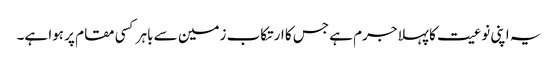
یہ اپنی نوعیت کا پہلا جرم ہے جس کا ارتکاب زمین سے باہر کسی مقام پر ہوا ہے۔